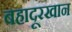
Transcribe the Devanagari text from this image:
बहादूरखान